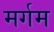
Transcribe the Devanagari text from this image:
मर्गम